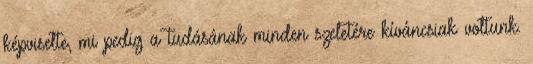
képviselte, mi pedig a tudásának minden szeletére kíváncsiak voltunk.